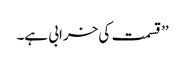
’’ قسمت کی خرابی ہے۔